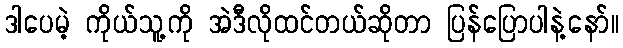
ဒါပေမဲ့ ကိုယ်သူ့ကို အဲဒီလိုထင်တယ်ဆိုတာ ပြန်ပြောပါနဲ့နော်။